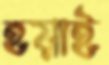
হয়াই